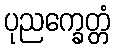
ပုညက္ခေတ္တံ